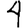
Digit: 4